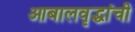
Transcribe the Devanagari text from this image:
आबालवृद्धांची